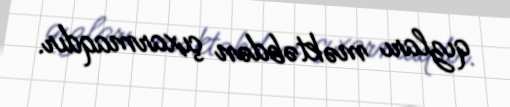
qızları məktəbdən çıxarmaqdır.